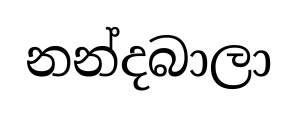
නන්දබාලා